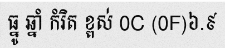
ធ្នូ ឆ្នាំ កំរិត ខ្ពស់ 0C (0F)៦.៩